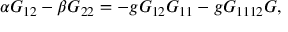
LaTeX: \alpha { \cal G } _ { 1 2 } - \beta { \cal G } _ { 2 2 } = - g { \cal G } _ { 1 2 } { \cal G } _ { 1 1 } - g { \cal G } _ { 1 1 1 2 } { \cal G } ,